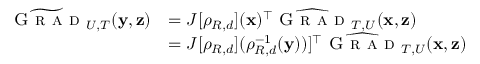
\begin{array} { r l } { \widetilde \textsc { G r a d } _ { U , T } ( \mathbf { y } , { \mathbf z } ) } & { = J [ \rho _ { R , d } ] ( { \mathbf x } ) ^ { \top } \widehat \textsc { G r a d } _ { T , U } ( { \mathbf x } , { \mathbf z } ) } \\ & { = J [ \rho _ { R , d } ] ( \rho _ { R , d } ^ { - 1 } ( \mathbf { y } ) ) ] ^ { \top } \widehat \textsc { G r a d } _ { T , U } ( { \mathbf x } , { \mathbf z } ) } \end{array}